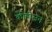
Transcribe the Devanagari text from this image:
कोहीज़न